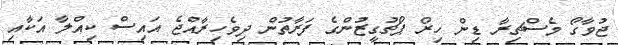
ޖުވާގޯ މެސްޗިރާ ޑިން ހިރޯ ޕޯޗުގީޒުންގެ ފަރާތުން ދިވެހިރާއްޖެ އައިސް ކިއްލާ އަކާއި